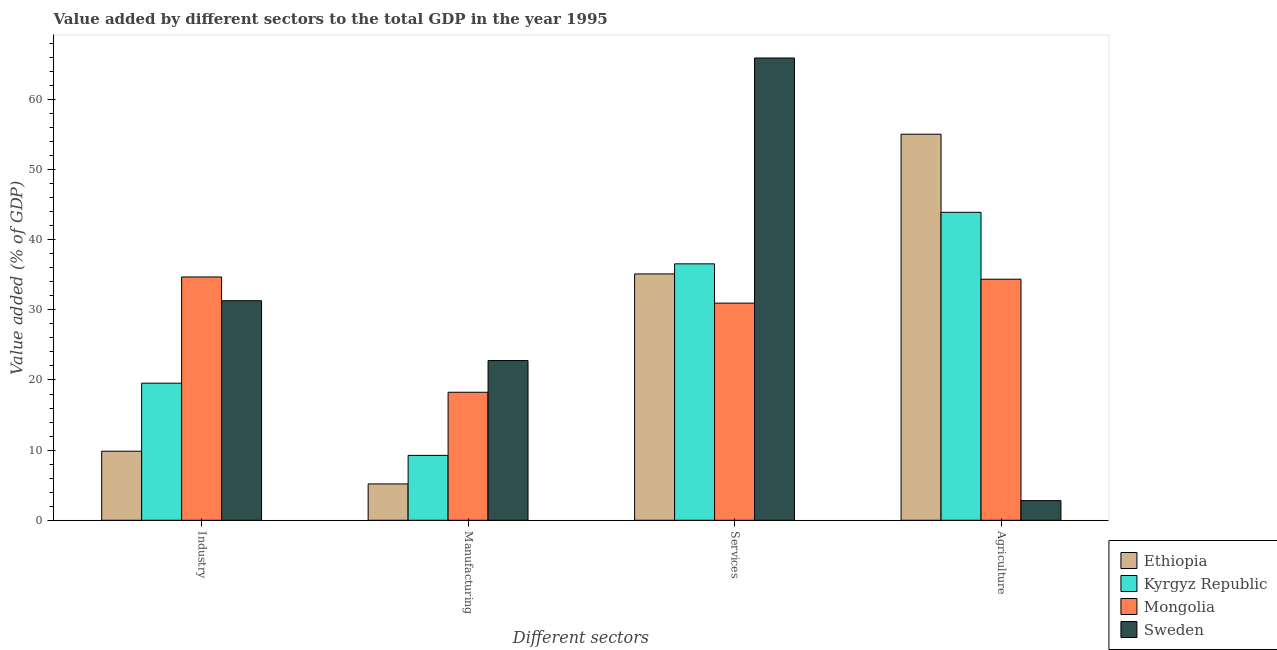
| Different sectors | Ethiopia | Kyrgyz Republic | Mongolia | Sweden |
 | --- | --- | --- | --- | --- |
 | Industry | 9.84 | 19.5 | 34.7 | 31.3 |
 | Manufacturing | 5.18 | 9.25 | 18.2 | 22.8 |
 | Services | 35.1 | 36.6 | 31 | 65.9 |
 | Agriculture | 55 | 43.9 | 34.4 | 2.8 |